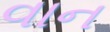
વાન